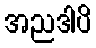
အညဒါပိ